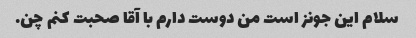
سلام این جونز است من دوست دارم با آقا صحبت کنم چن.